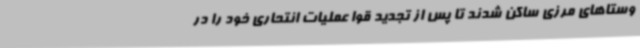
وستاهای مرزی ساکن شدند تا پس از تجدید قوا عملیات انتحاری خود را در